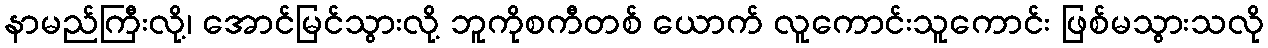
နာမည်ကြီးလို့၊ အောင်မြင်သွားလို့ ဘူကိုစကီတစ် ယောက် လူကောင်းသူကောင်း ဖြစ်မသွားသလို